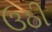
ઉઠી